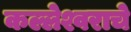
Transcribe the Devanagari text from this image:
कल्लेश्वराचे